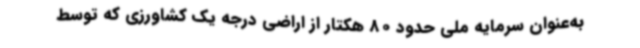
به‌عنوان سرمایه ملی حدود 80 هکتار از اراضی درجه یک کشاورزی که توسط